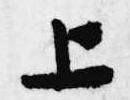
上